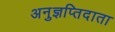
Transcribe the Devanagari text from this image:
अनुज्ञप्तिदाता